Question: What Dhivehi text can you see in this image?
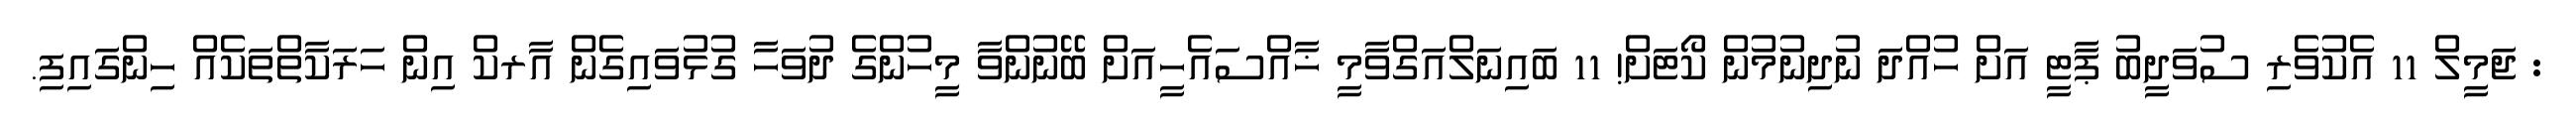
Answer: : ޖަމީލް 11 އެކުވެރި ސުވަދީބު ޕާޓީ އަށް ހުއްދަ ނުދިނުމުން ކޯޓަށް! 11 ބައިނަލްއަގްވާމީ ޚާއްސައެހީއަށް ބޭނުންވާ މީހުންގެ ދުވަހާ ގުޅުވައިގެން އާރކް އިން ހަރަކާތްތަކެއް ހިންގައިފި.